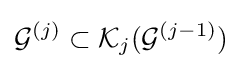
{\mathcal {G}}^{(j)}\subset {\mathcal {K}}_{j}({\mathcal {G}}^{(j-1)})